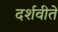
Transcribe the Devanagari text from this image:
दर्शवीते